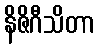
နိဇိဂီသိတာ